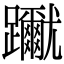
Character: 𨇳